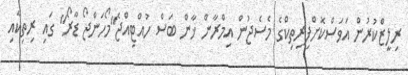
ރިލީޒްކުރުން އަވަސްކޮށްފިރިތިކްގެ މެސެޖުން އިމްރާން ޚާން ބަސް ހުއްޓިއްޖެ"މޯހަންޖޯ ޑާރޯ" ގައި ރިތިކާއި